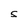
Character: S